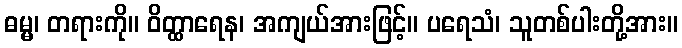
ဓမ္မ၊ တရားကို။ ဝိတ္ထာရေန၊ အကျယ်အားဖြင့်။ ပရေသံ၊ သူတစ်ပါးတို့အား။